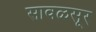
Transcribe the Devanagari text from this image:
सावळसूर